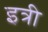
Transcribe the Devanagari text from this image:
इत्री